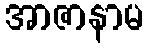
အာဇာနာမ